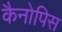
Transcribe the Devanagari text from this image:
कैनोपिस